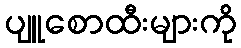
ပျူစောထီးများကို